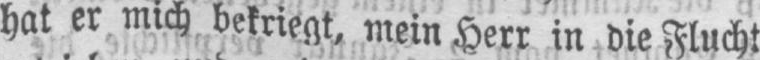
hat er mich bekriegt, mein Herr in die Flucht